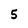
Character: 5